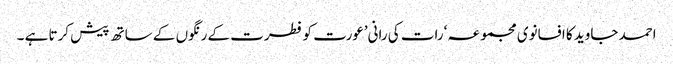
احمد جاوید کا افسانوی مجموعہ ‘رات کی رانی’عورت کو فطرت کے رنگوں کے ساتھ پیش کرتا ہے ۔